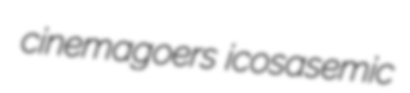
cinemagoers icosasemic